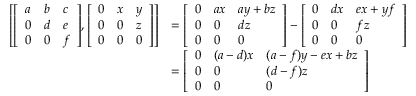
{ \begin{array} { r l } { \left[ { \left[ \begin{array} { l l l } { a } & { b } & { c } \\ { 0 } & { d } & { e } \\ { 0 } & { 0 } & { f } \end{array} \right] } , { \left[ \begin{array} { l l l } { 0 } & { x } & { y } \\ { 0 } & { 0 } & { z } \\ { 0 } & { 0 } & { 0 } \end{array} \right] } \right] } & { = { \left[ \begin{array} { l l l } { 0 } & { a x } & { a y + b z } \\ { 0 } & { 0 } & { d z } \\ { 0 } & { 0 } & { 0 } \end{array} \right] } - { \left[ \begin{array} { l l l } { 0 } & { d x } & { e x + y f } \\ { 0 } & { 0 } & { f z } \\ { 0 } & { 0 } & { 0 } \end{array} \right] } } \\ & { = { \left[ \begin{array} { l l l } { 0 } & { ( a - d ) x } & { ( a - f ) y - e x + b z } \\ { 0 } & { 0 } & { ( d - f ) z } \\ { 0 } & { 0 } & { 0 } \end{array} \right] } } \end{array} }